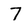
Character: 7